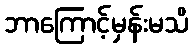
ဘာကြောင့်မှန်းမသိ